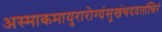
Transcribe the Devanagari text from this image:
अस्माकमायुरारोग्यंसुखंचददतांचिरं